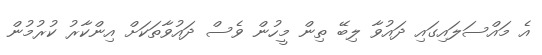
އެ މައްސަލައިގައި ދައުވާ ލިބޭ ތިން މީހުން ވެސް ދައުވާތަކަށް އިންކާރު ކުރުމުން